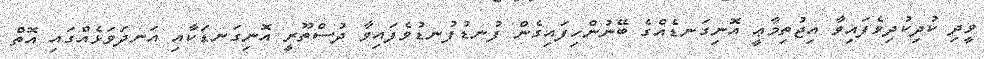
ވީދި ކުދިކުދިވެފައިވާ އިޖުތިމާޢީ އޮނިގަނޑެއްގެ ބޭނުންހިފައިގެން ފުނޑުފުނޑުވެފައިވާ ދުސްތޫރީ އޮނިގަނޑަކާއި އަނދަވަޅެއްގައި އޮތް